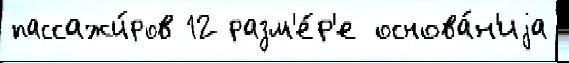
пассажи́ров 12 разм'е́р'е основа́н'иjа